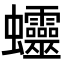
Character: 𧖜